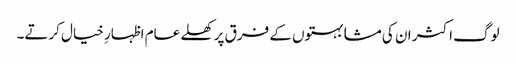
لوگ اکثر ان کی مشابہتوں کے فرق پر کھلے عام اظہارِ خیال کرتے۔